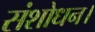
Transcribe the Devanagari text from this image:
संशोधन।